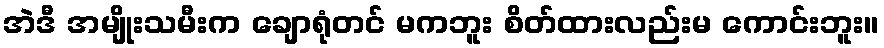
အဲဒီ အမျိုးသမီးက ချောရုံတင် မကဘူး စိတ်ထားလည်းမ ကောင်းဘူး။